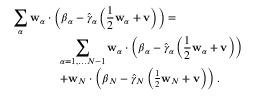
\begin{array} { r l } & { \displaystyle \sum _ { \alpha } \mathbf { w } _ { \alpha } \cdot \left( \boldsymbol { \beta } _ { \alpha } - \hat { \gamma } _ { \alpha } \left( \frac { 1 } { 2 } \mathbf { w } _ { \alpha } + \mathbf { v } \right) \right) = } \\ & { \quad \quad \quad \quad \displaystyle \sum _ { \alpha = 1 , \dots N - 1 } \mathbf { w } _ { \alpha } \cdot \left( \boldsymbol { \beta } _ { \alpha } - \hat { \gamma } _ { \alpha } \left( \frac { 1 } { 2 } \mathbf { w } _ { \alpha } + \mathbf { v } \right) \right) } \\ & { \quad \quad \quad \quad + \mathbf { w } _ { N } \cdot \left( \boldsymbol { \beta } _ { N } - \hat { \gamma } _ { N } \left( \frac { 1 } { 2 } \mathbf { w } _ { N } + \mathbf { v } \right) \right) . } \end{array}